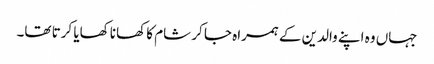
جہاں وہ اپنے والدین کے ہمراہ جا کر شام کا کھانا کھایا کرتا تھا۔